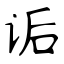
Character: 诟